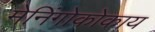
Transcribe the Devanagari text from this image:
मेनिंगोकोकाय